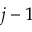
j - 1